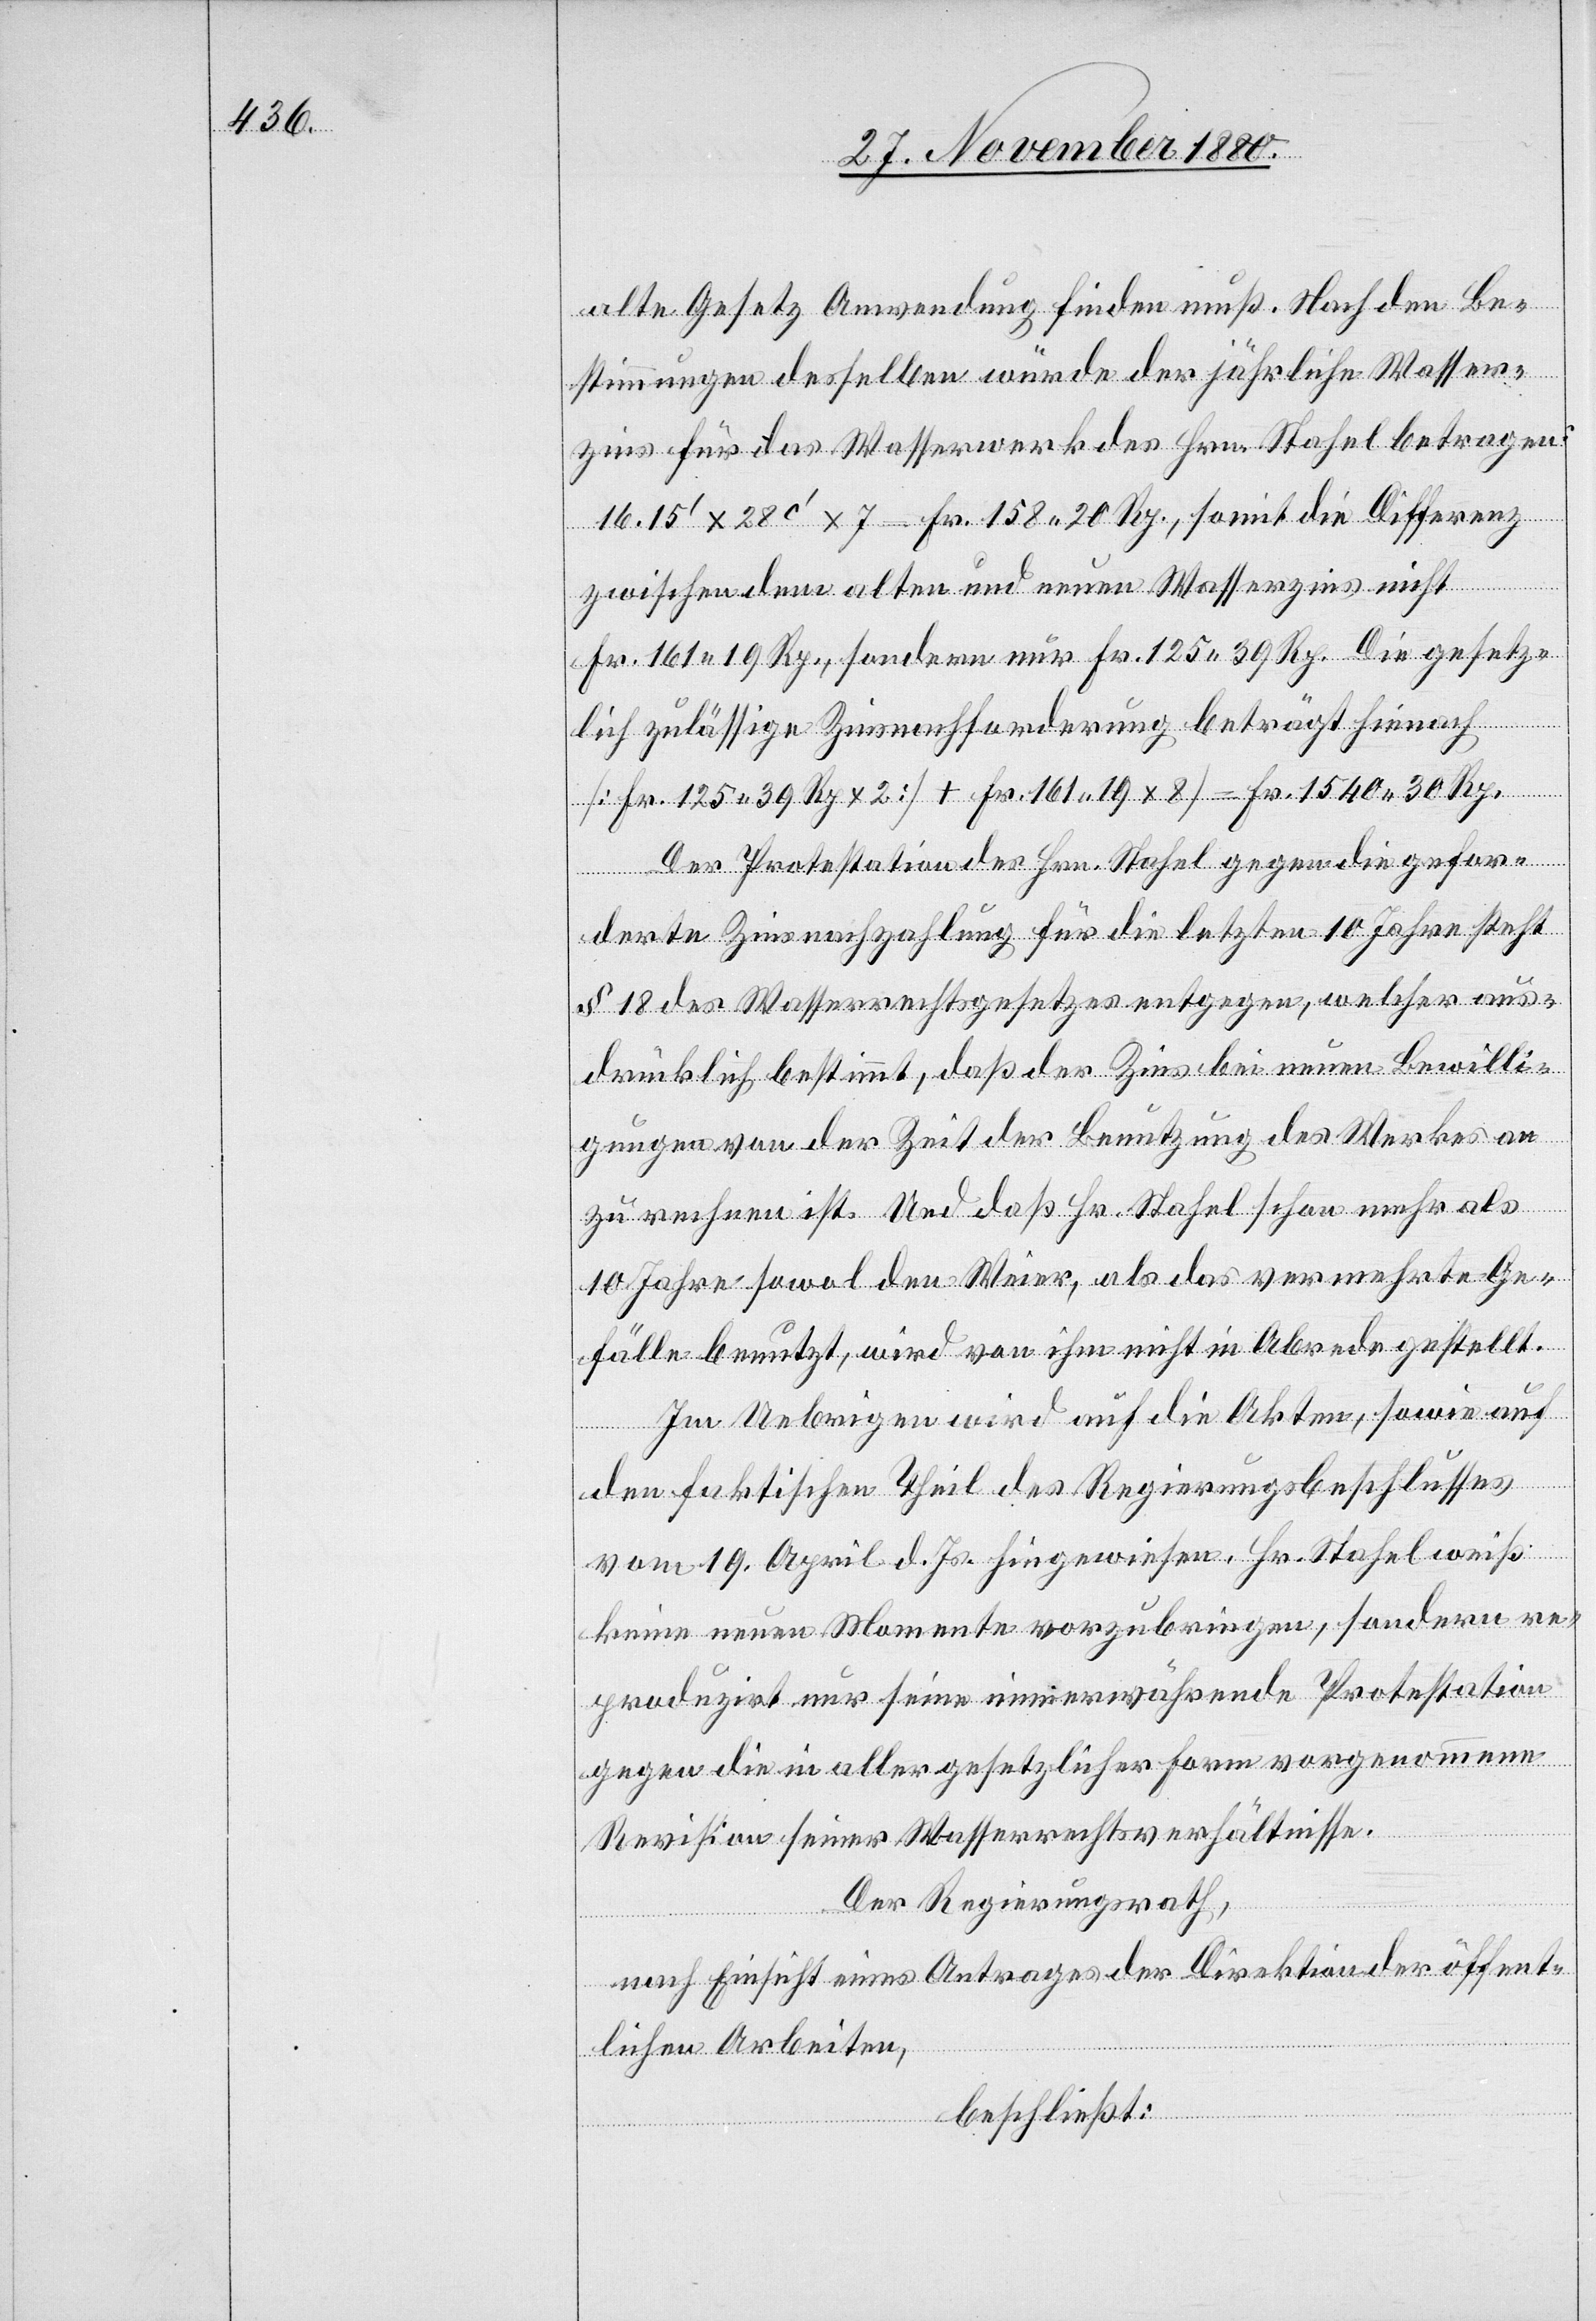
alte Gesetz Anwendung finden muß. Nach den Be¬
stimmungen desselben würde der jährliche Wasser¬
zins für das Wasserwerk des Hrn. Stahel betragen:
16.15‘ x 28c‘ x 7 = Fr. 158 20 Rp., somit die Differenz
zwischen dem alten und neuen Wasserzins nicht
Fr. 161 19 Rp., sondern nur Fr. 125 39 Rp. Die gesetz¬
lich zulässige Zinsnachforderung beträgt hienach
[Fr. 125 39 Rp. x 2 + Fr. 161 19 x 8] = Fr. 1540 30 Rp.
Der Protestation des Hrn. Stahel gegen die gefor¬
derten Zinsnachzahlung für die letzten 10 Jahre steht
§ 18 des Wasserrechtsgesetzes entgegen, welcher aus¬
drücklich bestimmt, daß der Zins bei neuen Bewilli¬
gungen von der Zeit der Benutzung des Werkes an
zu rechnen ist. Und daß Hr. Stahel schon mehr als
10 Jahre sowol den Weier, als das vermehrte Ge¬
fälle benutzt, wird von ihm nicht in Abrede gestellt.
Im Uebrigen wird auf die Akten, sowie auf
den faktischen Theil des Regierungsbeschlusses
vom 19. April l. Js. hingewiesen. Hr. Stahel weiß
keine neuen Momente vorzubringen, sondern re¬
produzirt nur seine immerwährende Protestation
gegen die in aller gesetzlicher Form vorgenommene
Revision seiner Wasserrechtsverhältnisse.
Der Regierungsrath,
nach Einsicht eines Antrages der Direktion der öffent¬
lichen Arbeiten,
beschließt: